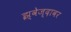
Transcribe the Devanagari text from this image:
झ्वेज्दावर